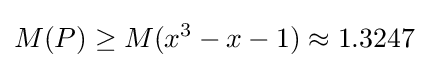
M(P)\geq M(x^{3}-x-1)\approx 1.3247